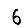
Digit: 6